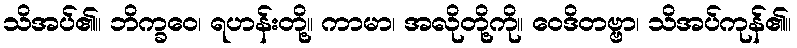
သိအပ်၏။ ဘိက္ခဝေ၊ ရဟန်းတို့။ ကာမာ၊ အလိုတို့ကို။ ဝေဒိတဗ္ဗာ၊ သိအပ်ကုန်၏။